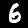
Digit: 6